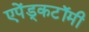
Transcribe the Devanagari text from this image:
एपेंड्कटॉमी